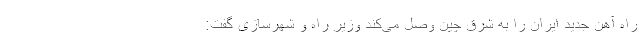
راه آهن جدید ایران را به شرق چین وصل می‌کند وزیر راه و شهرسازی گفت: